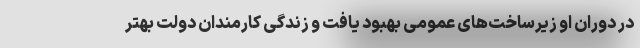
در دوران او زیرساخت‌های عمومی بهبود یافت و زندگی کارمندان دولت بهتر